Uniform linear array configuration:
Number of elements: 4
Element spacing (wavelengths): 0.5
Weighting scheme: uniform
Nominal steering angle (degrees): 45
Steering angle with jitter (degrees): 44.079
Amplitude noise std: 0.05
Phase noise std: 0.05

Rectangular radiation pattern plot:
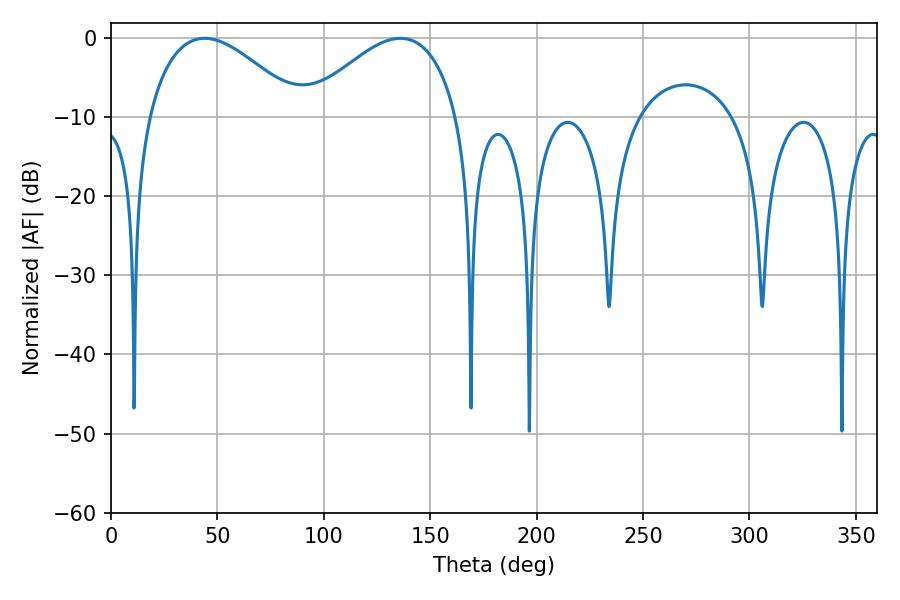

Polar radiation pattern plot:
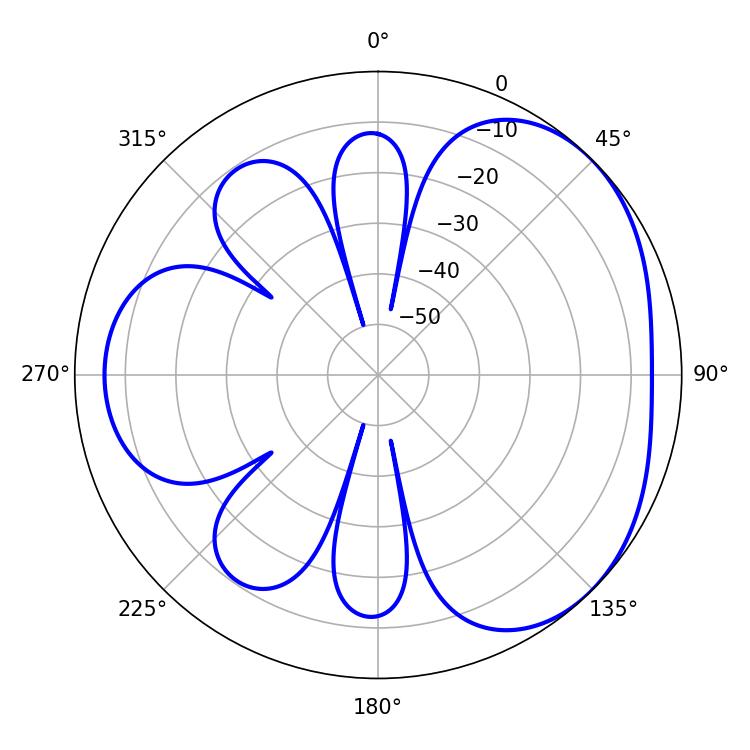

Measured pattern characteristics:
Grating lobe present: FALSE
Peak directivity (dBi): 3.488
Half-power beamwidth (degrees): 39.24
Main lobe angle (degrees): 43.92